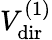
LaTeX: V_{\mathrm{dir}}^{(1)}